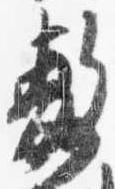
敷